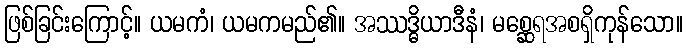
ဖြစ်ခြင်းကြောင့်။ ယမကံ၊ ယမကမည်၏။ အဿဒ္ဓိယာဒီနံ၊ မစ္ဆေရအစရှိကုန်သော။